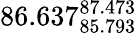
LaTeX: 86.637_{85.793}^{87.473}